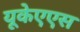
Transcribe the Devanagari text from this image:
यूकेएएस